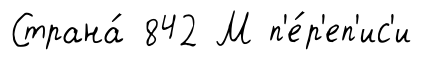
Страна́ 842 М п'е́р'еп'ис'и